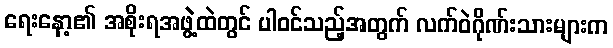
ရေးနော့၏ အစိုးရအဖွဲ့ထဲတွင် ပါဝင်သည့်အတွက် လက်ဝဲဂိုဏ်းသားများက